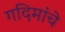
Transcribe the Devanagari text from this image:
गदिमांचे